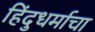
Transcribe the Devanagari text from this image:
हिंदुधर्माचा